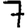
Digit: 7